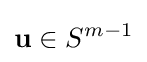
\mathbf {u} \in S^{m-1}